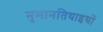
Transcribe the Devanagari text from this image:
नुमानतियाइयों